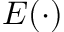
E ( \cdot )